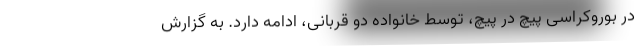
در بوروکراسی پیچ در پیچ، توسط خانواده دو قربانی، ادامه دارد. به گزارش